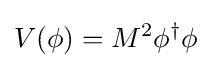
V(\phi )=M^{2}\phi ^{\dagger }\phi